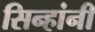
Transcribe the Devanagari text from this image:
सिन्हांनी